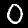
Label: 0